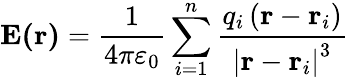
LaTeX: \mathbf{E(r)}={\frac{1}{4\pi\varepsilon_{0}}}\sum_{i=1}^{n}{\frac{q_{i}\left(\mathbf{r}-\mathbf{r}_{i}\right)}{\left|\mathbf{r}-\mathbf{r}_{i}\right|^{3}}}